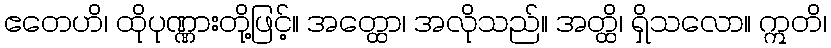
ဧတေဟိ၊ ထိုပုဏ္ဏားတို့ဖြင့်။ အတ္ထော၊ အလိုသည်။ အတ္ထိ၊ ရှိသလော။ ဣတိ၊